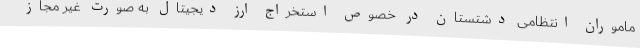
ماموران انتظامی دشتستان در خصوص استخراج ارز دیجیتال به صورت غیر مجاز